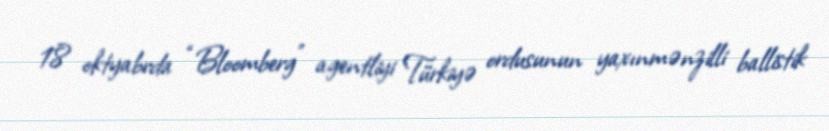
18 oktyabrda “Bloomberg” agentliyi Türkiyə ordusunun yaxınmənzilli ballistik